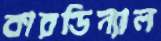
কারডিন্যাল